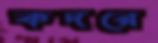
কদরে